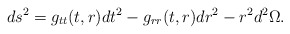
\begin{align*}ds^2 = g_{tt}(t,r) dt^2 - g_{rr}(t,r) dr^2 -r^2 d^2 \Omega .\end{align*}